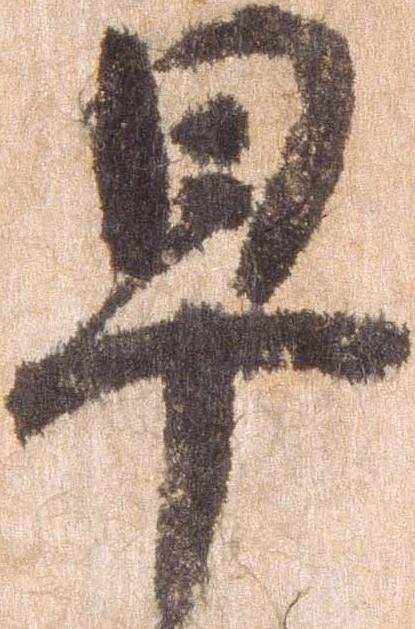
早